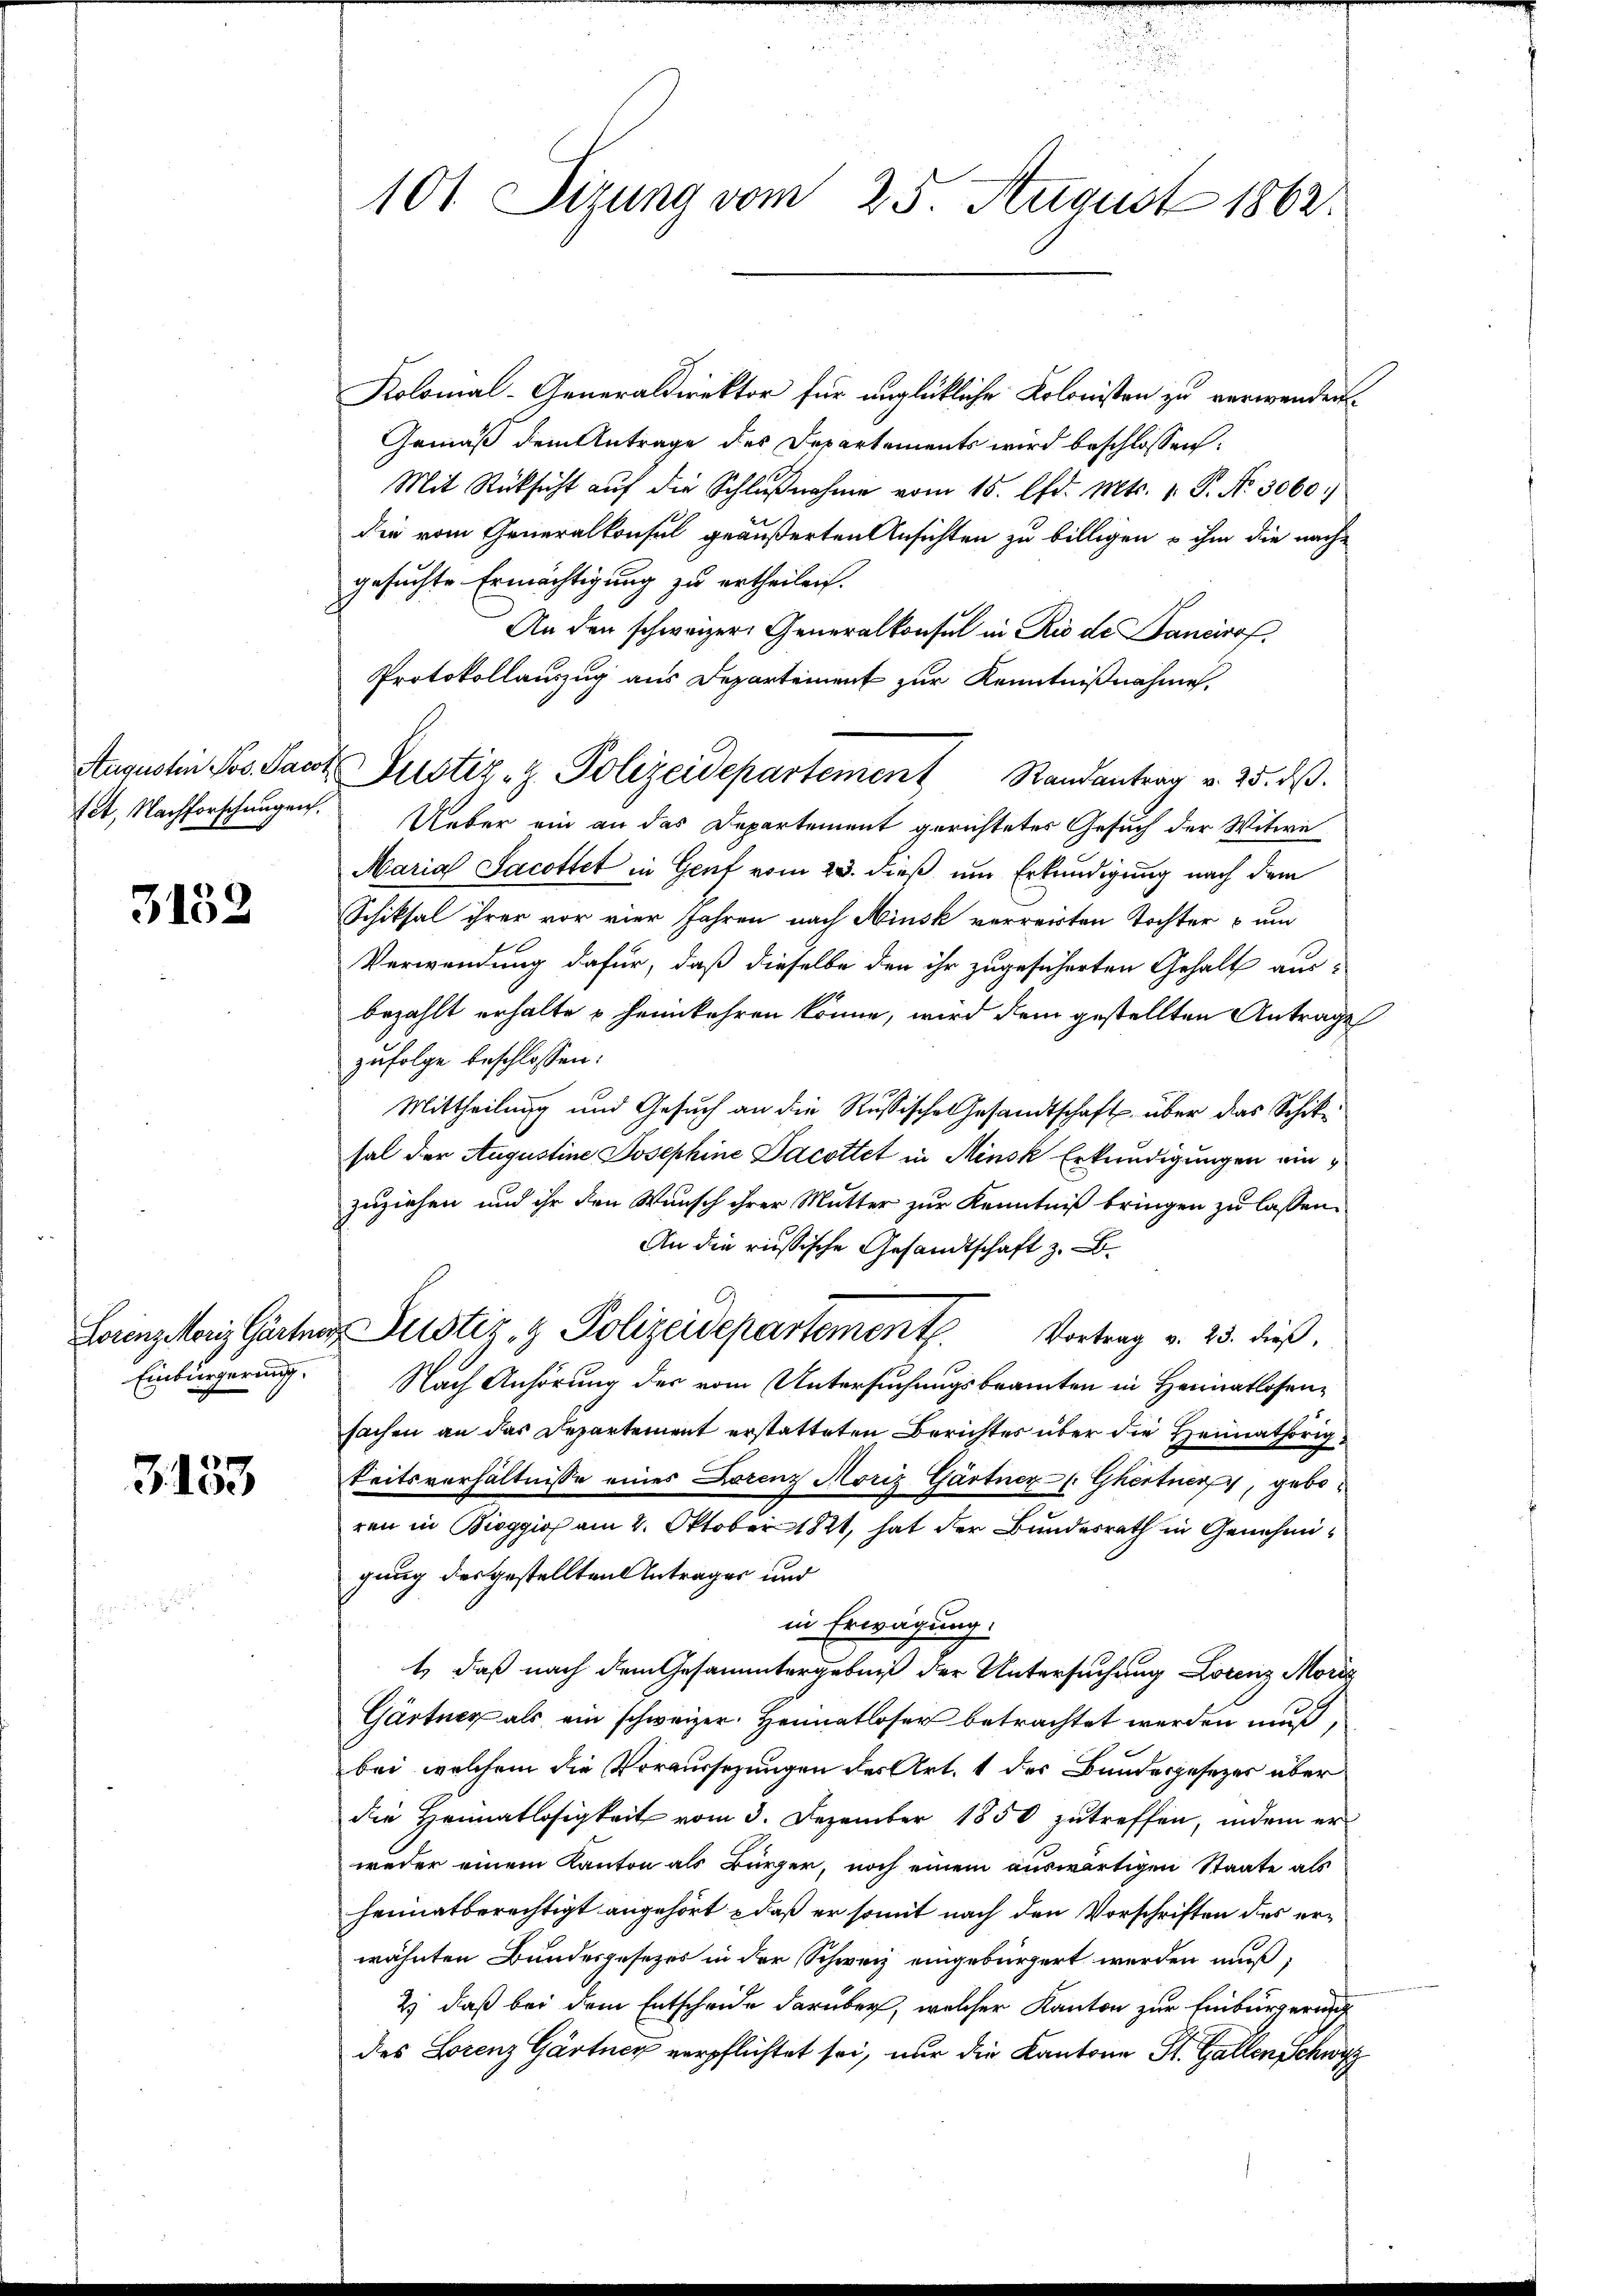
fet, Nachforschungen.

3132

3133

Kolonal-Generaldirektor für unglückliche Kolonisten zu verwenden.
Gemäß dem Antrage des Departements wird beschlossen:
Mit Rücksicht aŭf die Schlŭβnahme vom 15. d. Mts. v. P. Nr. 3060.)
die vom Generalkonsul geäußerten Ansichten zu billigen u ihm die nach-
gesuchte Ermächtigung zu ertheilen.
An den schweizer Generalkonsul in Rio de ancirof
Protokollauszug aus Departement zur Kenntnißnahme.
Ueber ein an das Departement gerichtetes Gesuch der Witwe
Maria Jacottet in Genf vom 23. dieß um Erkundigung nach dem
Schiksal ihrer vor vier Jahren nach Hinsk verreisten Tochter u um
Verwendung dafür, daß dieselbe den ihr zugesicherten Gehalt aus-
bezahlt erhalte u heimkehren könne, wird dem gestellten Antrage
zufolge beschlossen:
Mittheilung und Gesuch an die Russische Gesandtschaft über das Schiksal der Augustine Josephine Dacottet in Minsk Erkundigungen einzuziehen und ihr den Wunsch ihrer Mutter zur Kenntniß bringen zu lassen.
An die russische Gesandtschaft z. B.
Lorenziori Gärten Justiz & Polizeidepartement. Vortrag v. 25. dieß,
Einbürgerung. Nach Anhörung des vom Untersuchungsbeamten in Heimatlosen-
sachen an das Departement erstatteten Berichtes über die Heimathörig
keitsverhältnisse eines Lorenz Moriz Gärtner- Ghertner, geboren in Bieggio am 2. Oktober 1821, hat der Bundesrath in Genehmigung desgestellten Antrages und
in Erwägung.
t, daß nach dem Gesammtergebniß der Untersuchung Lorenz Moriz
Gärtner als ein schweizer. Heimatloser betrachtet werden muß,
bei, welchem die Voraussezungen des Art. 1 des Bundesgesezer über
die Heimatlosigkeit vom 3. Dezember 1850 zutreffen, indem er
weder einem Kanton als Bürger, noch einem auswärtigen Staate als
heimatberechtigt angehört , daß er somit nach den Vorschriften des erwähnten Bundesgesetzes in der Schweiz eingebürgert werden muß,
2) daß bei dem Entscheide darüber, welcher Kanton zur Einbürgerung
des Lorenz Gärtner verpflichtet sei, nur die Kantone St. Gallen Schwyz

101 Sizung vom 25. August 1862.

Augustin Nos. Parte Justiz- & Polizeidepartement Randantrag v. 25. dβ.